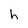
Character: h